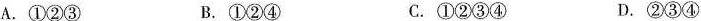
A.①②③ B.①②④ C.①②③④ D.②③④